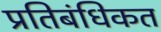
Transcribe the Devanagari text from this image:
प्रतिबंधिकत